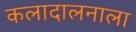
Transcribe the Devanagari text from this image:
कलादालनाला